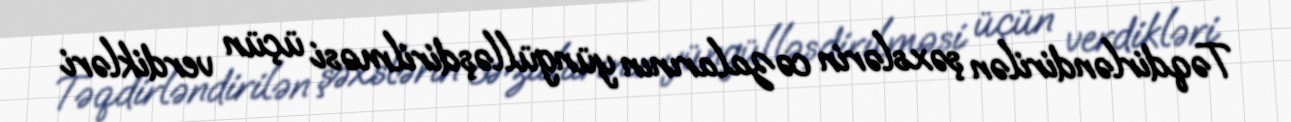
Təqdirləndirilən şəxslərin cəzalarının yüngülləşdirilməsi üçün verdikləri